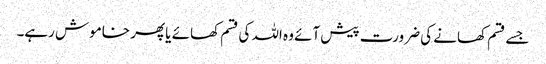
جسے قسم کھانے کی ضرورت پیش آئے وہ اللہ کی قسم کھائے یا پھر خاموش رہے۔